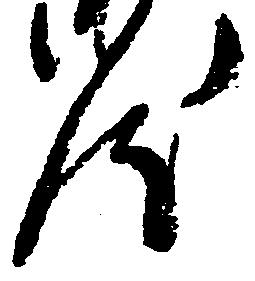
汰